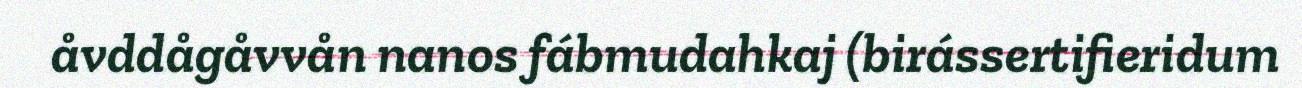
åvddågåvvån nanos fábmudahkaj (birássertifieridum